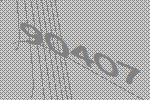
90407